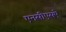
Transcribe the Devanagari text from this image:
एनसीएसऐ